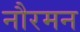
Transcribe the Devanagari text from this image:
नौरमन